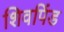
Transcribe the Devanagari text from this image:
शिवपिंड